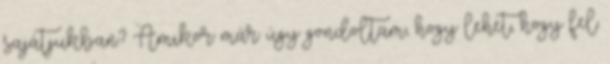
sajátjukban? Amikor már úgy gondoltam, hogy lehet, hogy fel